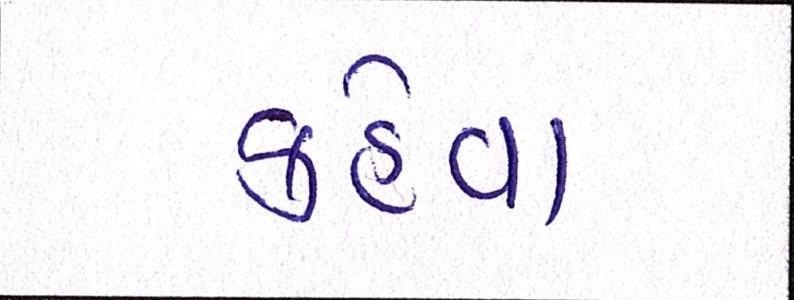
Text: કહેવા